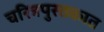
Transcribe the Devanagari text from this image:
चरित्रपुस्तकात